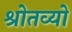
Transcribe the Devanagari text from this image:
श्रोतव्यो